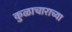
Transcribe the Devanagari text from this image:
कुळाचाराच्या